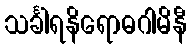
သင်္ခါရနိရောဓဂါမိနီ